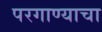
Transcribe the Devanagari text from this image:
परगाण्याचा